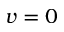
v = 0